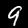
Label: 9